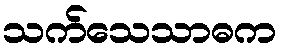
သက်သေသာဓက